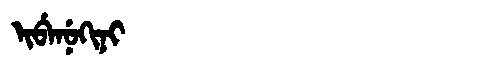
Manchu: ᡳᠪᡝᠨᡠᡴᡳᠨᡳ
Romanization: IBENUKINI